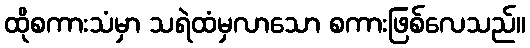
ထိုစကားသံမှာ သရဲထံမှလာသော စကားဖြစ်လေသည်။